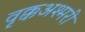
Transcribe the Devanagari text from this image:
वृक्कअश्मरी